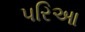
પરિઆ